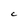
Character: C